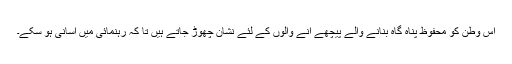
اس وطن کو محفوظ پناہ گاہ بنانے والے پیچھے آنے والوں کے لئے نشان چھوڑ جاتے ہیں تا کہ رہنمائی میں آسانی ہو سکے۔